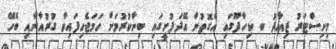
މިނިސްޓަރު ޒިއާދު ބ ކިހާދޫގައި އެގޮތުން އޭދަފުށީގައި ބިނާކުރުމަށް ހަމަޖެހިފައިވާ ގުރުއާނާއި ބެހޭ